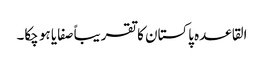
القاعدہ پاکستان کا تقریباً صفایا ہو چکا۔